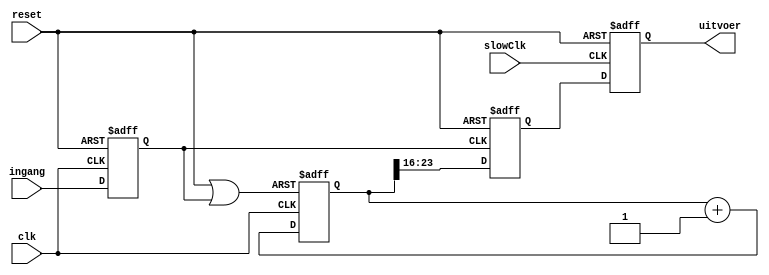
module hartRitme(
	input clk,
	input reset,
	input ingang,
	input slowClk,
	output reg [7:0] uitvoer);

	reg [24:0] count;
	reg [7:0] freq;
	reg  in;

	wire resetMore;
	
	assign resetMore = ( reset | in);
	
	always @ (posedge clk or posedge reset) begin
		if (reset)
			in = 0;
		else
			in = ingang;
	end
	
	always @ (posedge clk or posedge resetMore) begin
		if (resetMore)
			count = 0;
		else
			count = count + 1;
	end
	
	always @ (posedge in or posedge reset) begin
		if (reset)
			freq = 0;
		else
			freq = count[23:16];
	end
	
	always @ (posedge slowClk or posedge reset) begin
		if (reset)
			uitvoer = 0;
		else
			uitvoer = freq;
	end
	
endmodule